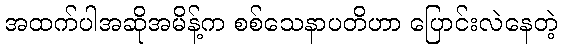
အထက်ပါအဆိုအမိန့်က စစ်သေနာပတိဟာ ပြောင်းလဲနေတဲ့